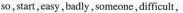
so,start, easy,badly,someone, difficult,